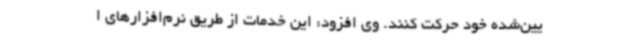
یین‌شده خود حرکت کنند. وی افزود: این خدمات از طریق نرم‌افزارهای ا